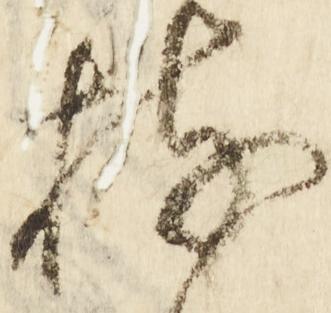
持